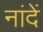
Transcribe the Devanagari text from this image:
नांदें